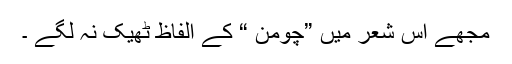
مجھے اس شعر میں ”چومن “ کے الفاظ ٹھیک نہ لگے ۔